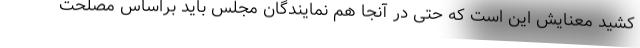
کشید معنایش این است که حتی در آنجا هم نمایندگان مجلس باید براساس مصلحت